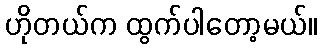
ဟိုတယ်က ထွက်ပါတော့မယ်။